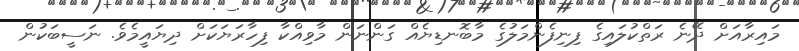
މައިރާއަށް ދޭނެ ރަތްކުލައިގެ ފިނިފެންމަލުގެ މާބޮނޑިޔެއް ގަންނަން މާވިއްކާ ފިހާރަޔަކަށް ދިޔައީމެވެ. ނަސީބަކުން